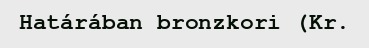
Határában bronzkori (Kr.